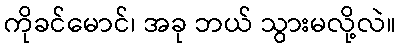
ကိုခင်မောင်၊ အခု ဘယ် သွားမလို့လဲ။